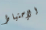
الإحتياط